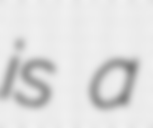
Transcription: is a